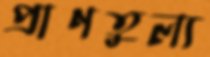
প্রাণতুল্য